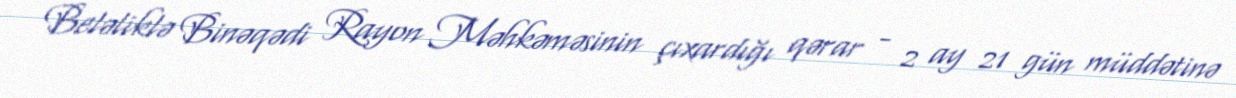
Beləliklə Binəqədi Rayon Məhkəməsinin çıxardığı qərar - 2 ay 21 gün müddətinə